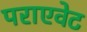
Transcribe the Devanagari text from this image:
पराएवेट